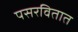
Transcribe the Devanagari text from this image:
पसरवितात